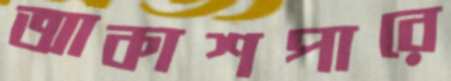
আকাশপারে